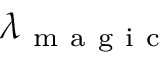
\lambda _ { \mathrm { ~ m ~ a ~ g ~ i ~ c ~ } }